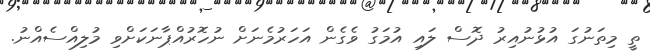
ތީ މިތަނުގަ އުޅުނުއިރު ދޮސް ލައި އުމަގު ވެގެން އަހަރުމެނަށް ނުހޮރުއްޕާނަކަށްވި މުލިއްސެއްނު.